Annual report on the health of the army in India
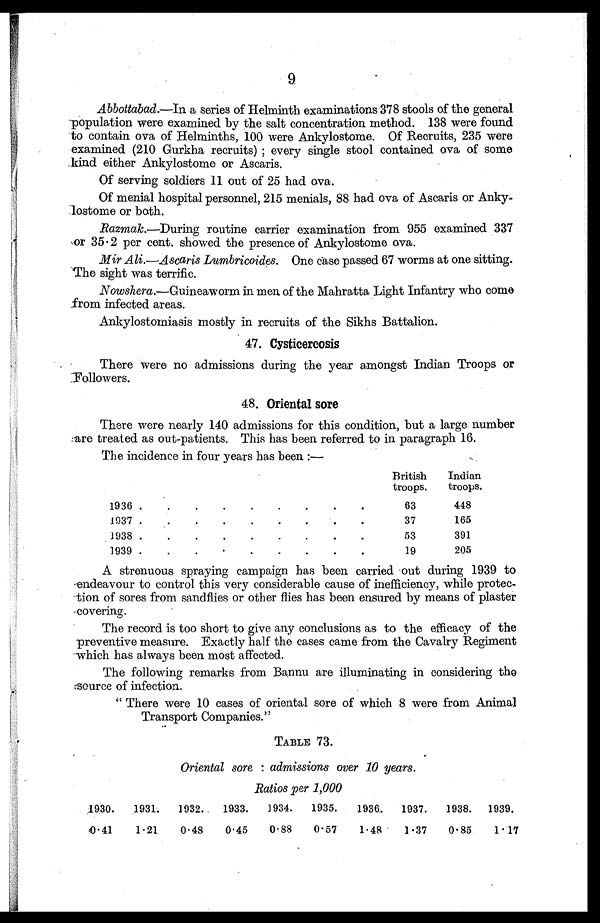
9
Abbottabad.—In a series of Helminth examinations 378 stools of the general
population were examined by the salt concentration method. 138 were found
to contain ova of Helminths, 100 were Ankylostome. Of Recruits, 235 were
examined (210 Gurkha recruits) ; every single stool contained ova of some
kind either Ankylostome or Ascaris.
Of serving soldiers 11 out of 25 had ova.
Of menial hospital personnel, 215 menials, 88 had ova of Ascaris or Anky
-
lostome or both.
Razmak.—During routine carrier examination from 955 examined 337
or 35 . 2 per cent. showed the presence of Ankylostome ova.
Mir Ali.—Ascaris Lumbricoides. One case passed 67 worms at one sitting.
The sight was terrific.
Nowshera.—Guineaworm in men of the Mahratta Light Infantry who come
from infected areas.
Ankylostomiasis mostly in recruits of the Sikhs Battalion.
4 7 . C y s t i c e r c o s i s
There were no admissions during the year amongst Indian Troops or
Followers.
4 8 . O r i e n t a l s o r e
There were nearly 140 admissions for this condition, but a large number
are treated as out-patients. This has been referred to in paragraph 16.
The incidence in four years has been:—
British
troops.
Indian
troops.
1936 . . .
63
448
1937. . .
37
165
1938 . . .
53
391
1939 . . .
19
205
A strenuous spraying campaign has been carried out during 1939 to
endeavour to control this very considerable cause of inefficiency, while protec
-
tion of sores from sandflies or other flies has been ensured by means of plaster
covering.
The record is too short to give any conclusions as to the efficacy of the
preventive measure. Exactly half the cases came from the Cavalry Regiment
which has always been most affected.
The following remarks from Bannu are illuminating in considering the
source of infection.
" There were 10 cases of oriental sore of which 8 were from Animal
Transport Companies."
TABLE 73.
Oriental sore : admissions over 10 years.
Ratios per 1,000
1930.
1931.
1932.
1933.
1934.
1935.
1936.
1937.
1938.
1939.
0• 41
1.21
0.48
0.45
0.88
0.57
1.48
1.37
0.85
1.17